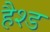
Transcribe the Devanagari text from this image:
हैश्ड